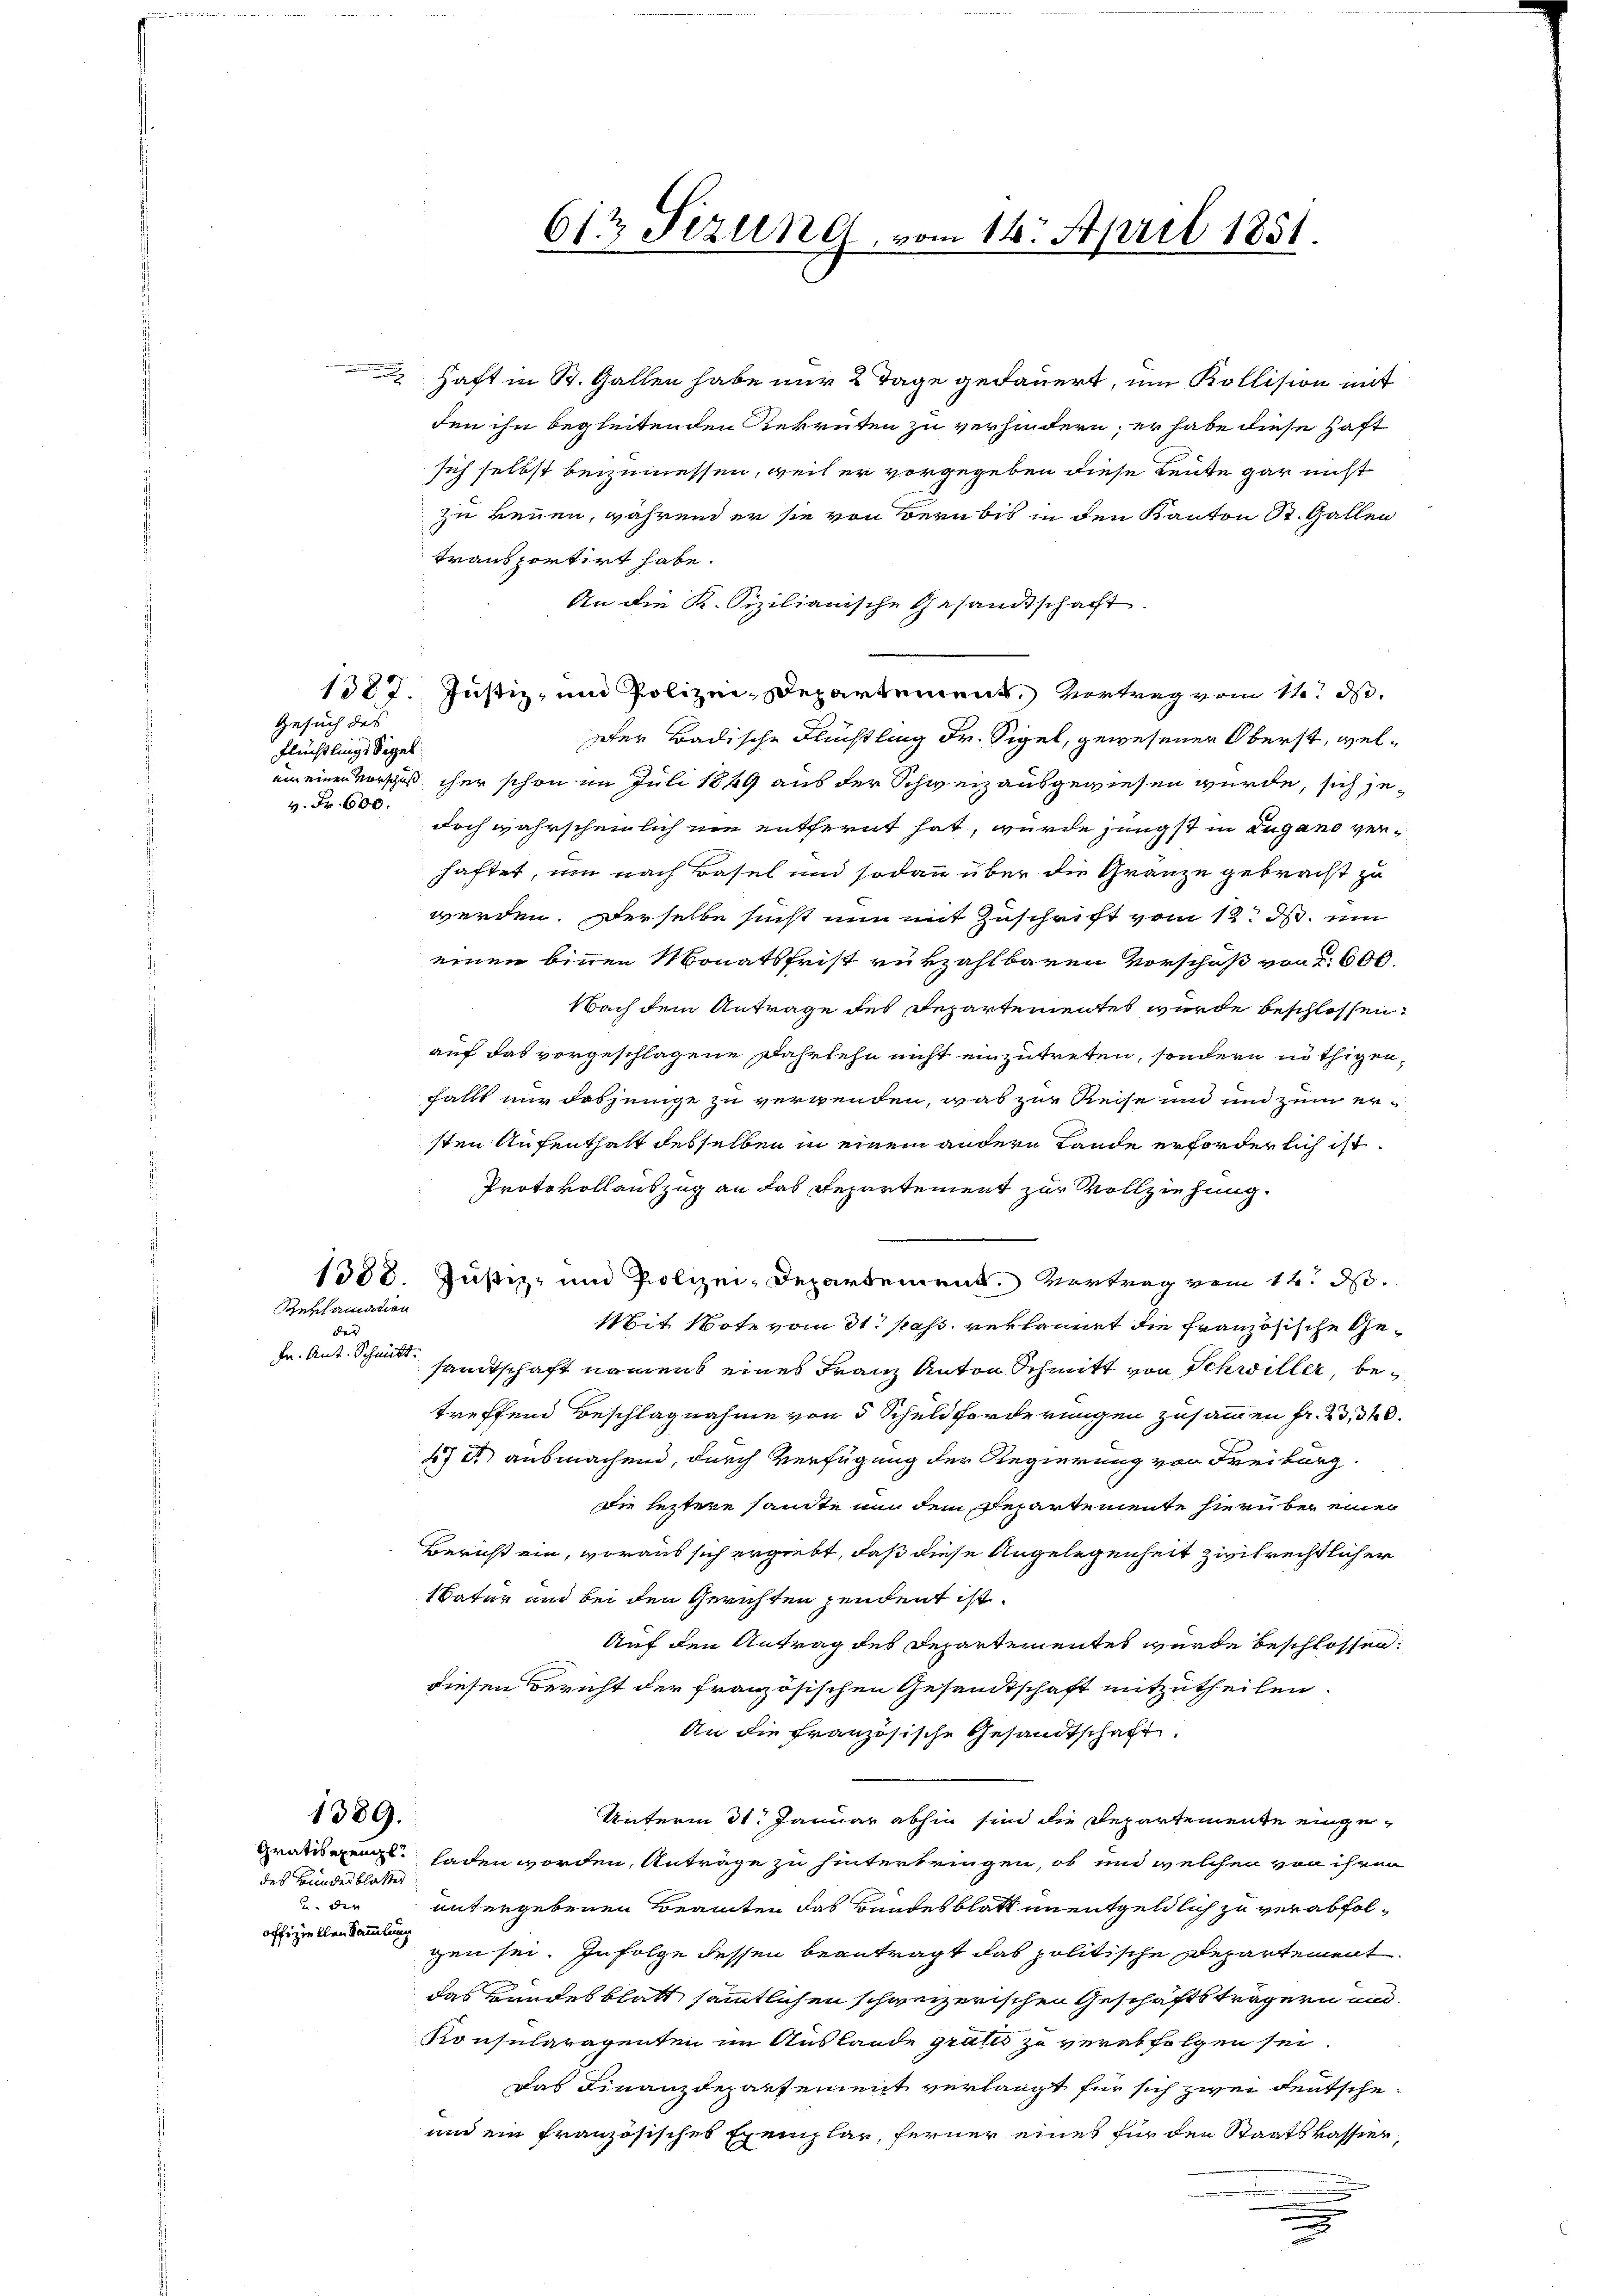
Gesuch des
Flüchtlings Sigel
v. Fr. 600.

Reklamation

des
Fr. Ant. Schmitt

des Bundesblatter
un und der |
offiziellen Sammlung

1389.

Haft in St. Gallen habe nur 2 Tage gedauert, um Kollision mit
den ihn begleitenden Rekruten zu verhindern, er habe diese Haft
sich selbst beizumessen, weil er vorgegeben diese Leute gar nicht

zu kennen, während er sie von derabis in den Kanton St. Gallen
transportirt habe.
An die K. Sizilianische Gesandtschaft.
1382. Justiz, und Polizei-Departement, Vortrag vom 1te S.
Der Badische Flüchtling Dr. Sigel, gewesener Oberst, welum einer Vorschuß her schon im Juli 1849 aus der Schweiz ausgewiesen wurde, sich jedoch wahrscheinlich nie entfernt hat, wurde jüngst in Lugano verhaftet, um nach Basel und sodann über die Gränze gebracht zu
werden. Derselbe sicht nun mit Zuschrift vom 12. d. um
einen binnen Monatsfrist rükzahlbaren Vorschuß von 600.
Nach dem Antrage des Departementes wurde beschlossen:
auf das vorgeschlagene Fahrlehn nicht einzutreten, sondern nöthigen,
fällt nur dasjenige zu vergenden, was zur Reise und und zum ersten Aufenthalt desselben in einem andern Lande erforderlich ist.
Protokollauszug an das Repartement zur Vollziehung.
1388. Justiz- und Polizei-Departement. Vortrag vom 12. d.
Mit Note vom 31. pass. verkannt die französische Gesamtschaft namens eines Franz Anton Schmitt von Schwiller, betreffend Beschlagnahme von 5 Schuldforderungen zusammen fr. 23, 340.
47 et ausmachend, durch Verfügung der Regierung von Freiburg.
die leztere samte nun dem Repartemente hierüber einen
Bericht ein, woraus sich ergiebt, daß diese Angelegenheit zivilrechtlicher
1Vater und bei den Gerichten pendent ist.
Auf den Antrag des Departementes wurde beschlossen:
diesen Bericht der französischen Gesandtschaft mitzutheilen.
An die Französische Gesandtschaft.
Unterm 31. Januar abhin sind die Departemente einge¬
Gradigung laden worden, Antrage zu hinterbringen, ob und welchen von ihren
untergebenen Beamten das Bundesblatt unentgeldlich zu verabfolgen sei. In Folge dessen beantragt das politische Departement
das Bundesblatt sämmtlichen schweizerischen Geschäftsträgern und
Konsularagenten im Auslande grates zu verabfolgen sei.
Das Finanzdepartement verlangt für sich zwei Deutsche¬
und ein französisches Exemplar, ferner eines für den Staatskassier,
m
.

612 Sezung, vom 16. April 1851.